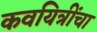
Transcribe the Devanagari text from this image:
कवयित्रींचा